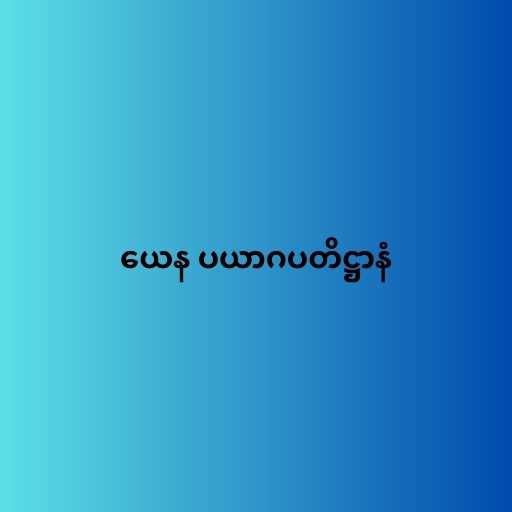
ယေန ပယာဂပတိဋ္ဌာနံ